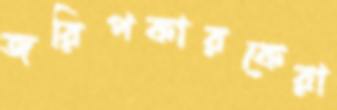
জরিপকারকেরা